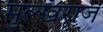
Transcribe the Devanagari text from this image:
मुल्खराज